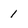
Character: 1